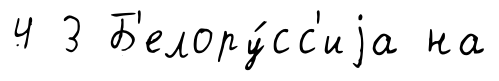
4 3 Б'елору́сс'иjа на